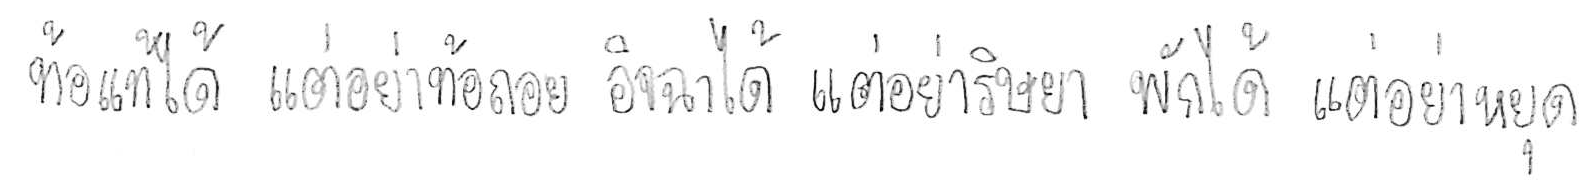
ท้อแท้ได้ แต่อย่าท้อถอย อิจฉาได้ แต่อย่าริษยา พักได้ แต่อย่าหยุด